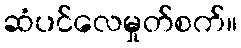
ဆံပင်လေမှုတ်စက်။